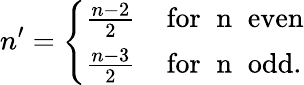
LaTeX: n^{\prime}=\left\{ \begin{array}{l}{{\frac{n-2}{2}\; \; \; \; \mathrm{for\; \; n\; \; even}}}\\ {{\frac{n-3}{2}\; \; \; \; \mathrm{for\; \; n\; \; odd}.}}\end{array}\right.